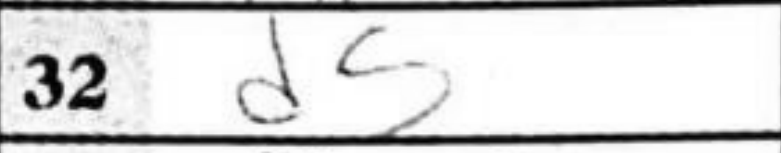
Transcription: d5